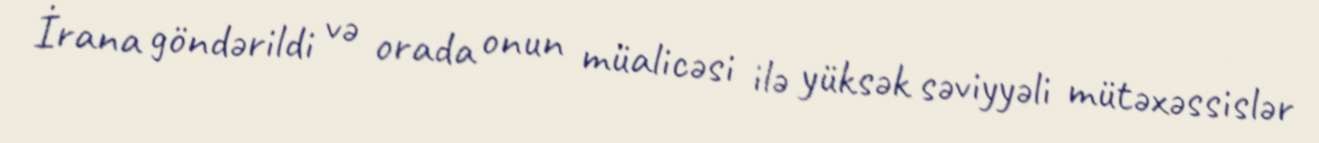
İrana göndərildi və orada onun müalicəsi ilə yüksək səviyyəli mütəxəssislər